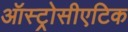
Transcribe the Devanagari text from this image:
ऑस्ट्रोसीएटिक